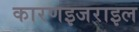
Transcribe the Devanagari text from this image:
कारणइजराइल